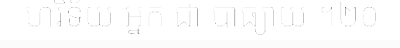
ហរិទ័យ អ្នក ជា បាធ្យាយ ។២០